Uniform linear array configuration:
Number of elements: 32
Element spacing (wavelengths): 1
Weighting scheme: uniform
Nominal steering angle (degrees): -15
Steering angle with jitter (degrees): -16.877
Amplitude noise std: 0.05
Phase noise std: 0.05

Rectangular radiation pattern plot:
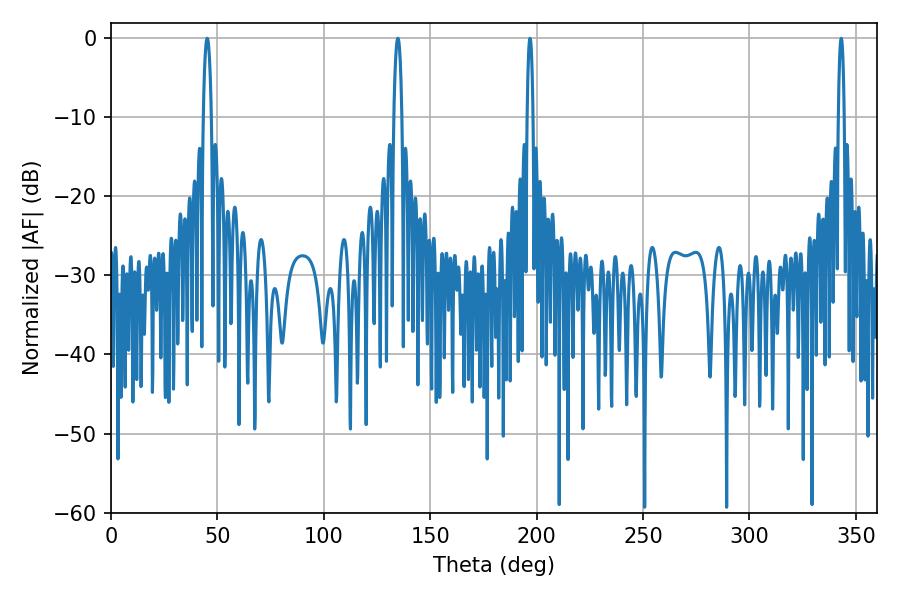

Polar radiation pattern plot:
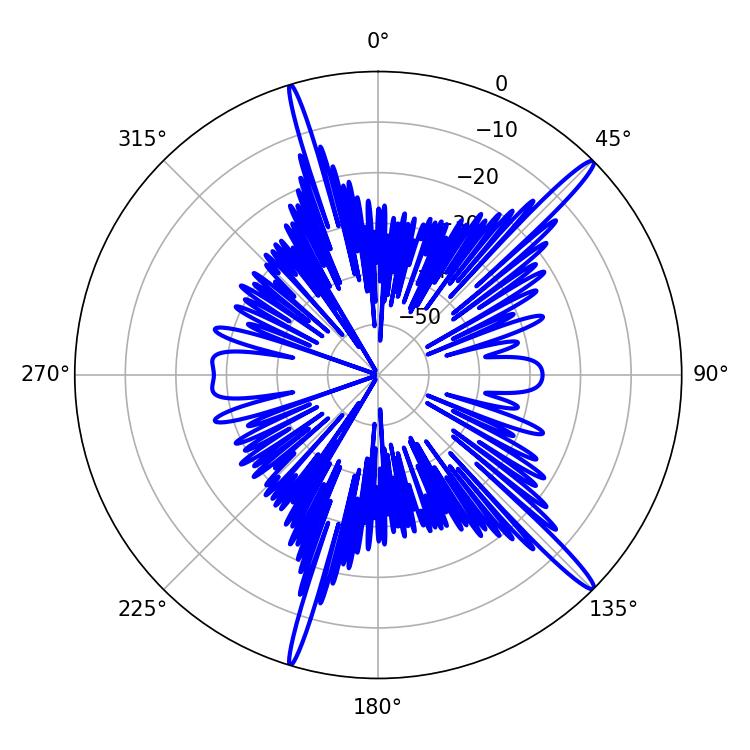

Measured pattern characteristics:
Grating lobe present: TRUE
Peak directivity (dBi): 16.665
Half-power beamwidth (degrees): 2.16
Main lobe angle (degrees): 45.18